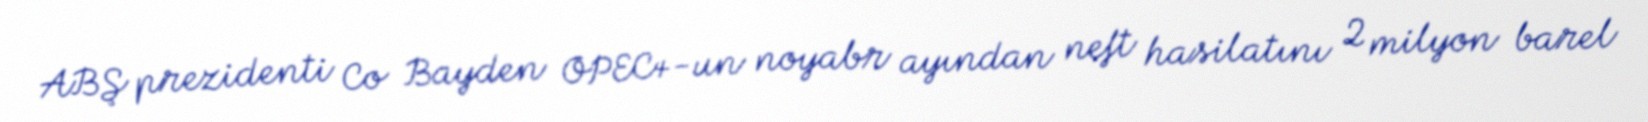
ABŞ prezidenti Co Bayden OPEC+-un noyabr ayından neft hasilatını 2 milyon barel